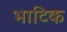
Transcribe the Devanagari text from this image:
भाटिक